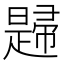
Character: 𢅨